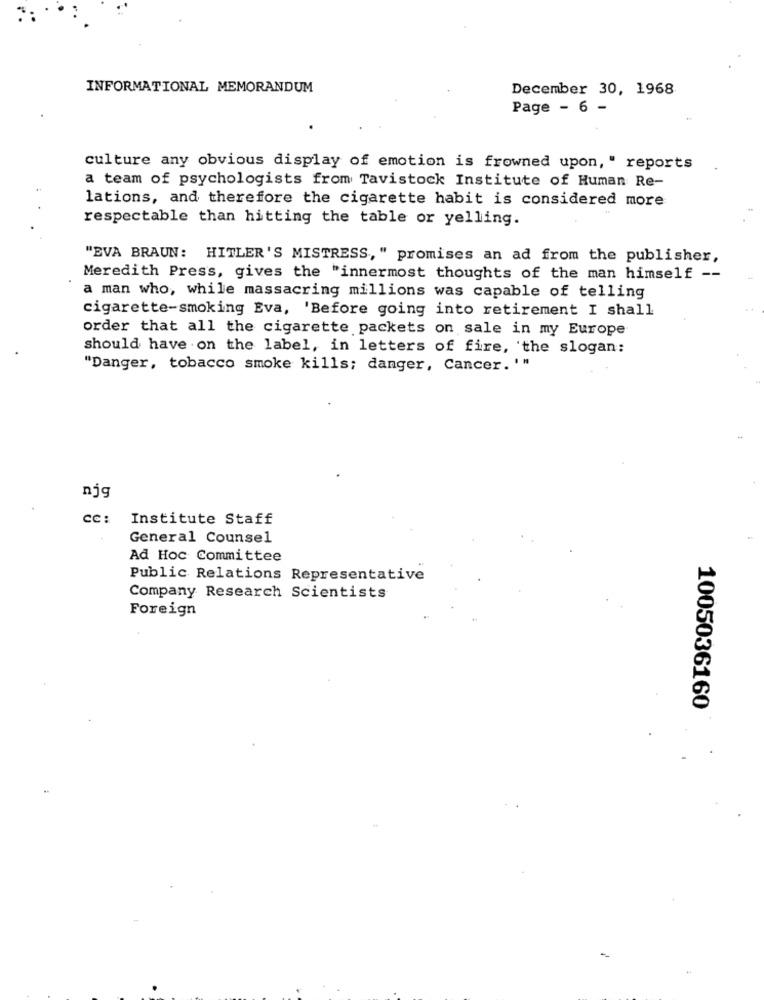
INFORMATIONAL MEMORANDUM
December 30, 1968
Page - 6 -
culture any obvious display of emotion is frowned upon, " reports
a team of psychologists from Tavistock Institute of Human Re-
lations, and therefore the cigarette habit is considered more
respectable than hitting the table or yelling.
"EVA BRAUN: HITLER'S MISTRESS, " promises an ad from the publisher,
Meredith Press, gives the "innermost thoughts of the man himself --
a man who, while massacring millions was capable of telling
cigarette-smoking Eva, 'Before going into retirement I shall
order that all the cigarette packets on sale in my Europe
should have on the label, in letters of fire, 'the slogan:
"Danger, tobacco smoke kills; danger, Cancer. '"
njg
cc :
Institute Staff
General Counsel
Ad Hoc Committee
Public Relations Representative
Company Research Scientists
Foreign
1005036160